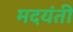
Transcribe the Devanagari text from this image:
मदयंती